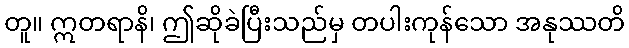
တူ။ ဣတရာနိ၊ ဤဆိုခဲပြီးသည်မှ တပါးကုန်သော အနုဿတိ